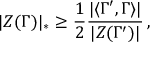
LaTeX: | Z ( \Gamma ) | _ { * } \geq \frac { 1 } { 2 } \frac { | \langle \Gamma ^ { \prime } , \Gamma \rangle | } { | Z ( \Gamma ^ { \prime } ) | } \, ,